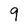
Character: 9